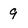
Character: 9